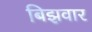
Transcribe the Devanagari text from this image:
बिझवार